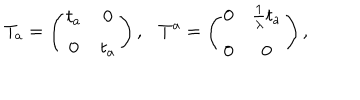
LaTeX: T _ { a } = \left( \begin{array} { c c } { { t _ { a } } } & { { 0 } } \\ { { 0 } } & { { t _ { a } } } \\ \end{array} \right) , T ^ { a } = \left( \begin{array} { c c } { { 0 } } & { { \frac { 1 } { \lambda } t _ { a } } } \\ { { 0 } } & { { 0 } } \\ \end{array} \right) ,